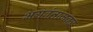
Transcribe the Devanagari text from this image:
भगवंताजवळ